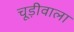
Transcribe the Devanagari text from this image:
चूड़ीवाला